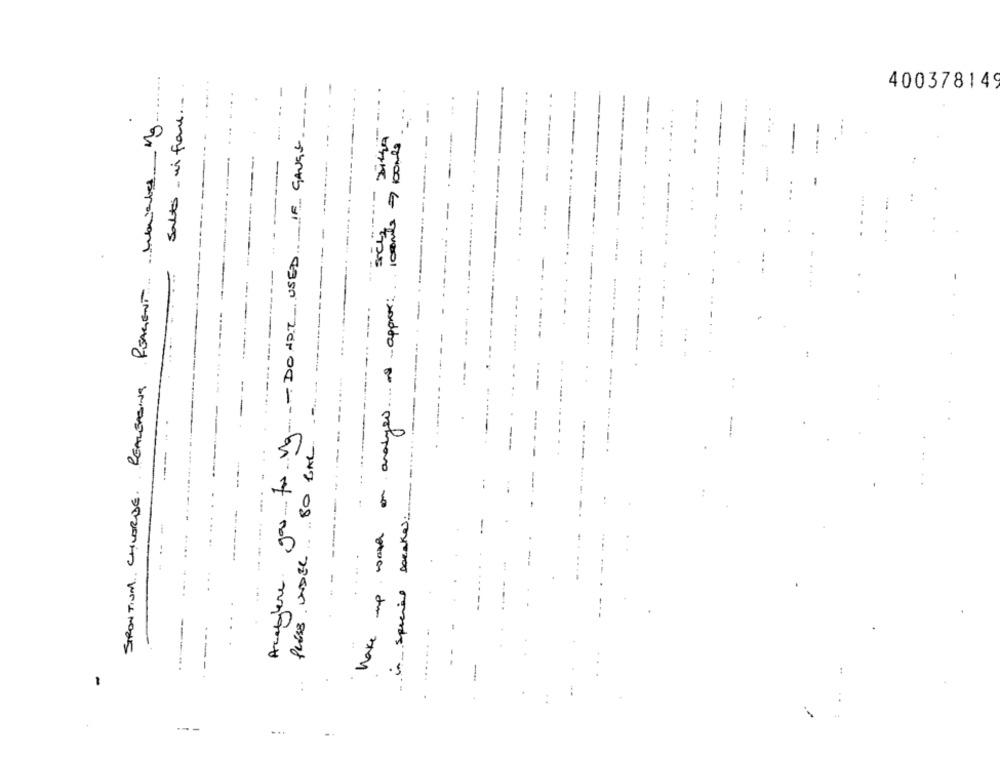
salto- vi fone ...
DO NOT USED IF GAUGE ....-
-
.
400378149
..
REALEASING REAGENT Malades Mg
DILLA
----
-----
.... $ approx:
---
--
---
-
up wash on analyes.
---
Acablene gos for va
.. 80 BAC
----
STRONTIUM CHLORDE.
in special bacake.
....
Puis UNDEL
. .
hake